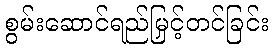
စွမ်းဆောင်ရည်မြှင့်တင်ခြင်း